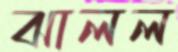
ঝালল